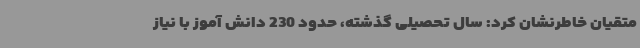
متقیان خاطرنشان کرد: سال تحصیلی گذشته، حدود 230 دانش آموز با نیاز